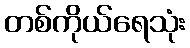
တစ်ကိုယ်ရေသုံး